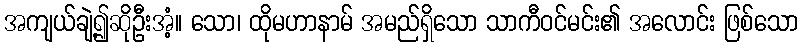
အကျယ်ချဲ့၍ဆိုဦးအံ့။ သော၊ ထိုမဟာနာမ် အမည်ရှိသော သာကီဝင်မင်း၏ အလောင်း ဖြစ်သော